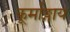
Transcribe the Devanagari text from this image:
कूर्माङ्गाय